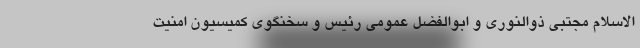
الاسلام مجتبی ذوالنوری و ابوالفضل عمومی رئیس و سخنگوی کمیسیون امنیت